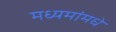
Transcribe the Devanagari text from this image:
मध्यमांमधे